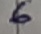
Text: 6